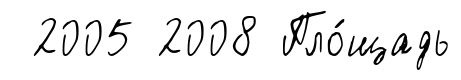
2005 2008 Пло́щадь